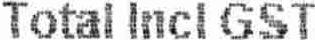
TOTAL INCL GST